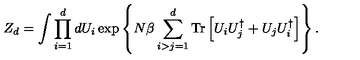
Z _ { d } = \int \prod _ { i = 1 } ^ { d } d U _ { i } \exp \left\{ N \beta \sum _ { i > j = 1 } ^ { d } \mathrm { T r } \left[ U _ { i } U _ { j } ^ { \dagger } + U _ { j } U _ { i } ^ { \dagger } \right] \right\} .